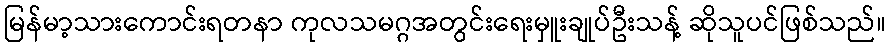
မြန်မာ့သားကောင်းရတနာ ကုလသမဂ္ဂအတွင်းရေးမှူးချုပ်ဦးသန့် ဆိုသူပင်ဖြစ်သည်။